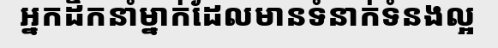
អ្នកដឹកនាំម្នាក់ដែលមានទំនាក់ទំនងល្អ